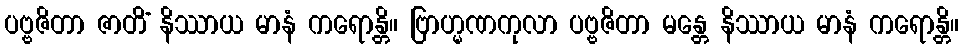
ပဗ္ဗဇိတာ ဇာတိံ နိဿာယ မာနံ ကရောန္တိ။ ဗြာဟ္မဏကုလာ ပဗ္ဗဇိတာ မန္တေ နိဿာယ မာနံ ကရောန္တိ။